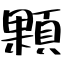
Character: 顆